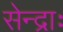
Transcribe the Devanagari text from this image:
सेन्द्राः